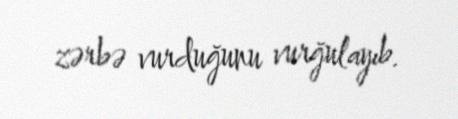
zərbə vurduğunu vurğulayıb.